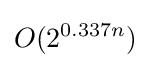
O(2^{0.337n})